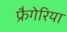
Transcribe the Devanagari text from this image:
फ्रैगेरिया